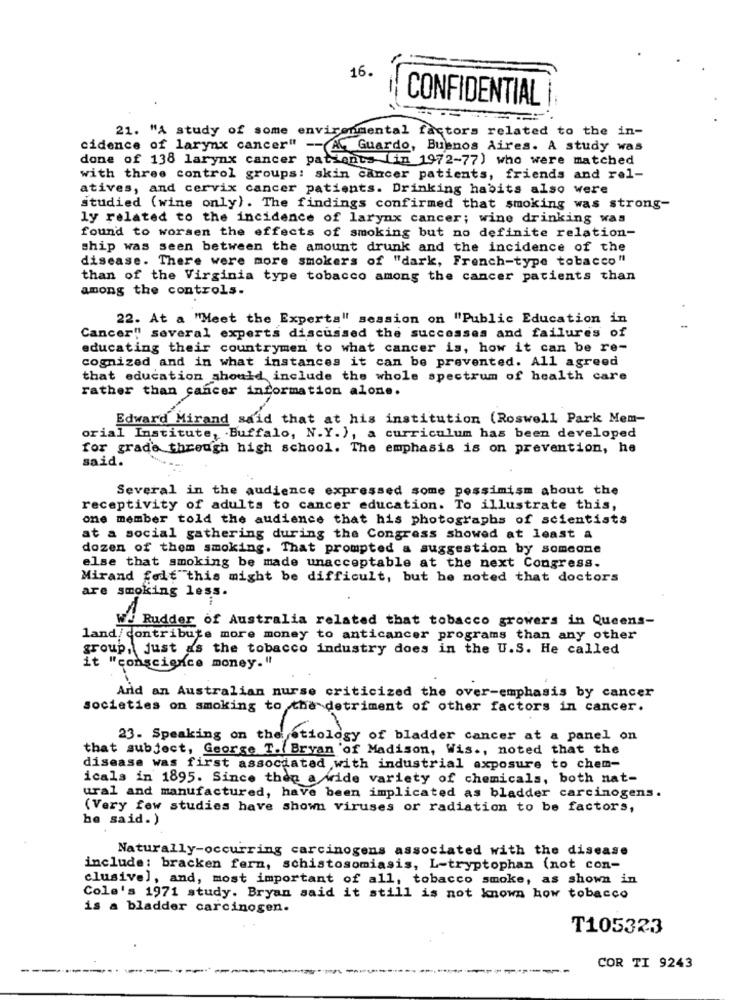
16.
CONFIDENTIAL
21. "A study of some environmental factors related to the in-
cidence of larynx cancer" -- A Guardo, Buenos Aires. A study was
done of 138 larynx cancer patients [in 1972-77) who were matched
with three control groups: skin cancer patients, friends and rel-
atives, and cervix cancer patients. Drinking habits also were
studied (wine only). The findings confirmed that smoking was strong-
ly related to the incidence of larynx cancer; wine drinking was
found to worsen the effects of smoking but no definite relation-
ship was seen between the amount drunk and the incidence of the
disease. There were more smokers of "dark, French-type tobacco"
than of the Virginia type tobacco among the cancer patients than
among the controls.
22. At a "Meet the Experts" session on "Public Education in
Cancer" several experts discussed the successes and failures of
educating their countrymen to what cancer is, how it can be re-
cognized and in what instances it can be prevented. All agreed
that education should include the whole spectrum of health care
rather than cancer information alone.
Edward Mirand said that at his institution (Roswell Park Mem-
orial Institute, Buffalo, N.Y.), a curriculum has been developed
for grade through high school. The emphasis is on prevention, he
said.
Several in the audience expressed some pessimism about the
receptivity of adults to cancer education. To illustrate this,
one member told the audience that his photographs of scientists
at a social gathering during the Congress showed at least a
dozen of them smoking. That prompted a suggestion by someone
else that smoking be made unacceptable at the next Congress.
Mirand felt this might be difficult, but he noted that doctors
are smoking less.
1
W. Rudder of Australia related that tobacco growers in Queens-
land contribute more money to anticancer programs than any other
group, just as the tobacco industry does in the U.S. He called
it "conscience money. "
And an Australian nurse criticized the over-emphasis by cancer
societies on smoking to the detriment of other factors in cancer.
23. Speaking on theyetiology of bladder cancer at a panel on
that subject, George T. Bryan 'of Madison, Wis ., noted that the
disease was first associated with industrial exposure to chem-
icals in 1895. Since then a wide variety of chemicals, both nat-
ural and manufactured, have been implicated as bladder carcinogens.
(Very few studies have shown viruses or radiation to be factors,
he said.)
Naturally-occurring carcinogens associated with the disease
include: bracken fern, schistosomiasis, L-tryptophan (not con-
clusive], and, most important of all, tobacco smoke, as shown in
Cole's 1971 study. Bryan said it still is not known how tobacco
is a bladder carcinogen.
T105323
COR TI 9243